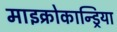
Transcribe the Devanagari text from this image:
माइक्रोकान्ड्रिया